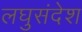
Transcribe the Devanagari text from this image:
लघुसंदेश